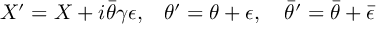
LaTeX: { X ^ { \prime } = X + i \bar { \theta } \gamma \epsilon , } { } ~ ~ ~ { \theta ^ { \prime } = \theta + \epsilon , ~ ~ ~ { \bar { \theta } } ^ { \prime } = \bar { \theta } + \bar { \epsilon } }